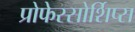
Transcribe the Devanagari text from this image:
प्रोफेस्सोर्शिप्स